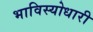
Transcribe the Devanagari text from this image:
भाविस्योधारी